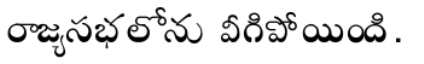
రాజ్యసభలోను వీగిపోయింది.